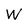
Character: W